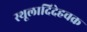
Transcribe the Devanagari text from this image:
स्थूलादिदेहचक्र